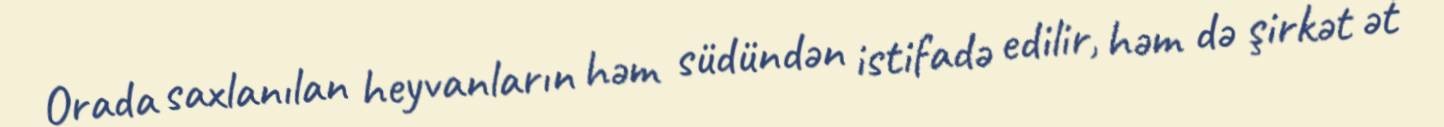
Orada saxlanılan heyvanların həm südündən istifadə edilir, həm də şirkət ət